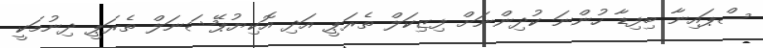
ސްޕައިނާ ބިފިޑާ ހުންނަ ކުދިންނަށް ފިޒިކަލް ތެރަޕީ އަދި އޮކިޔުޕޭޝަނަލް ތެރަޕީ ދިނުމަކީ